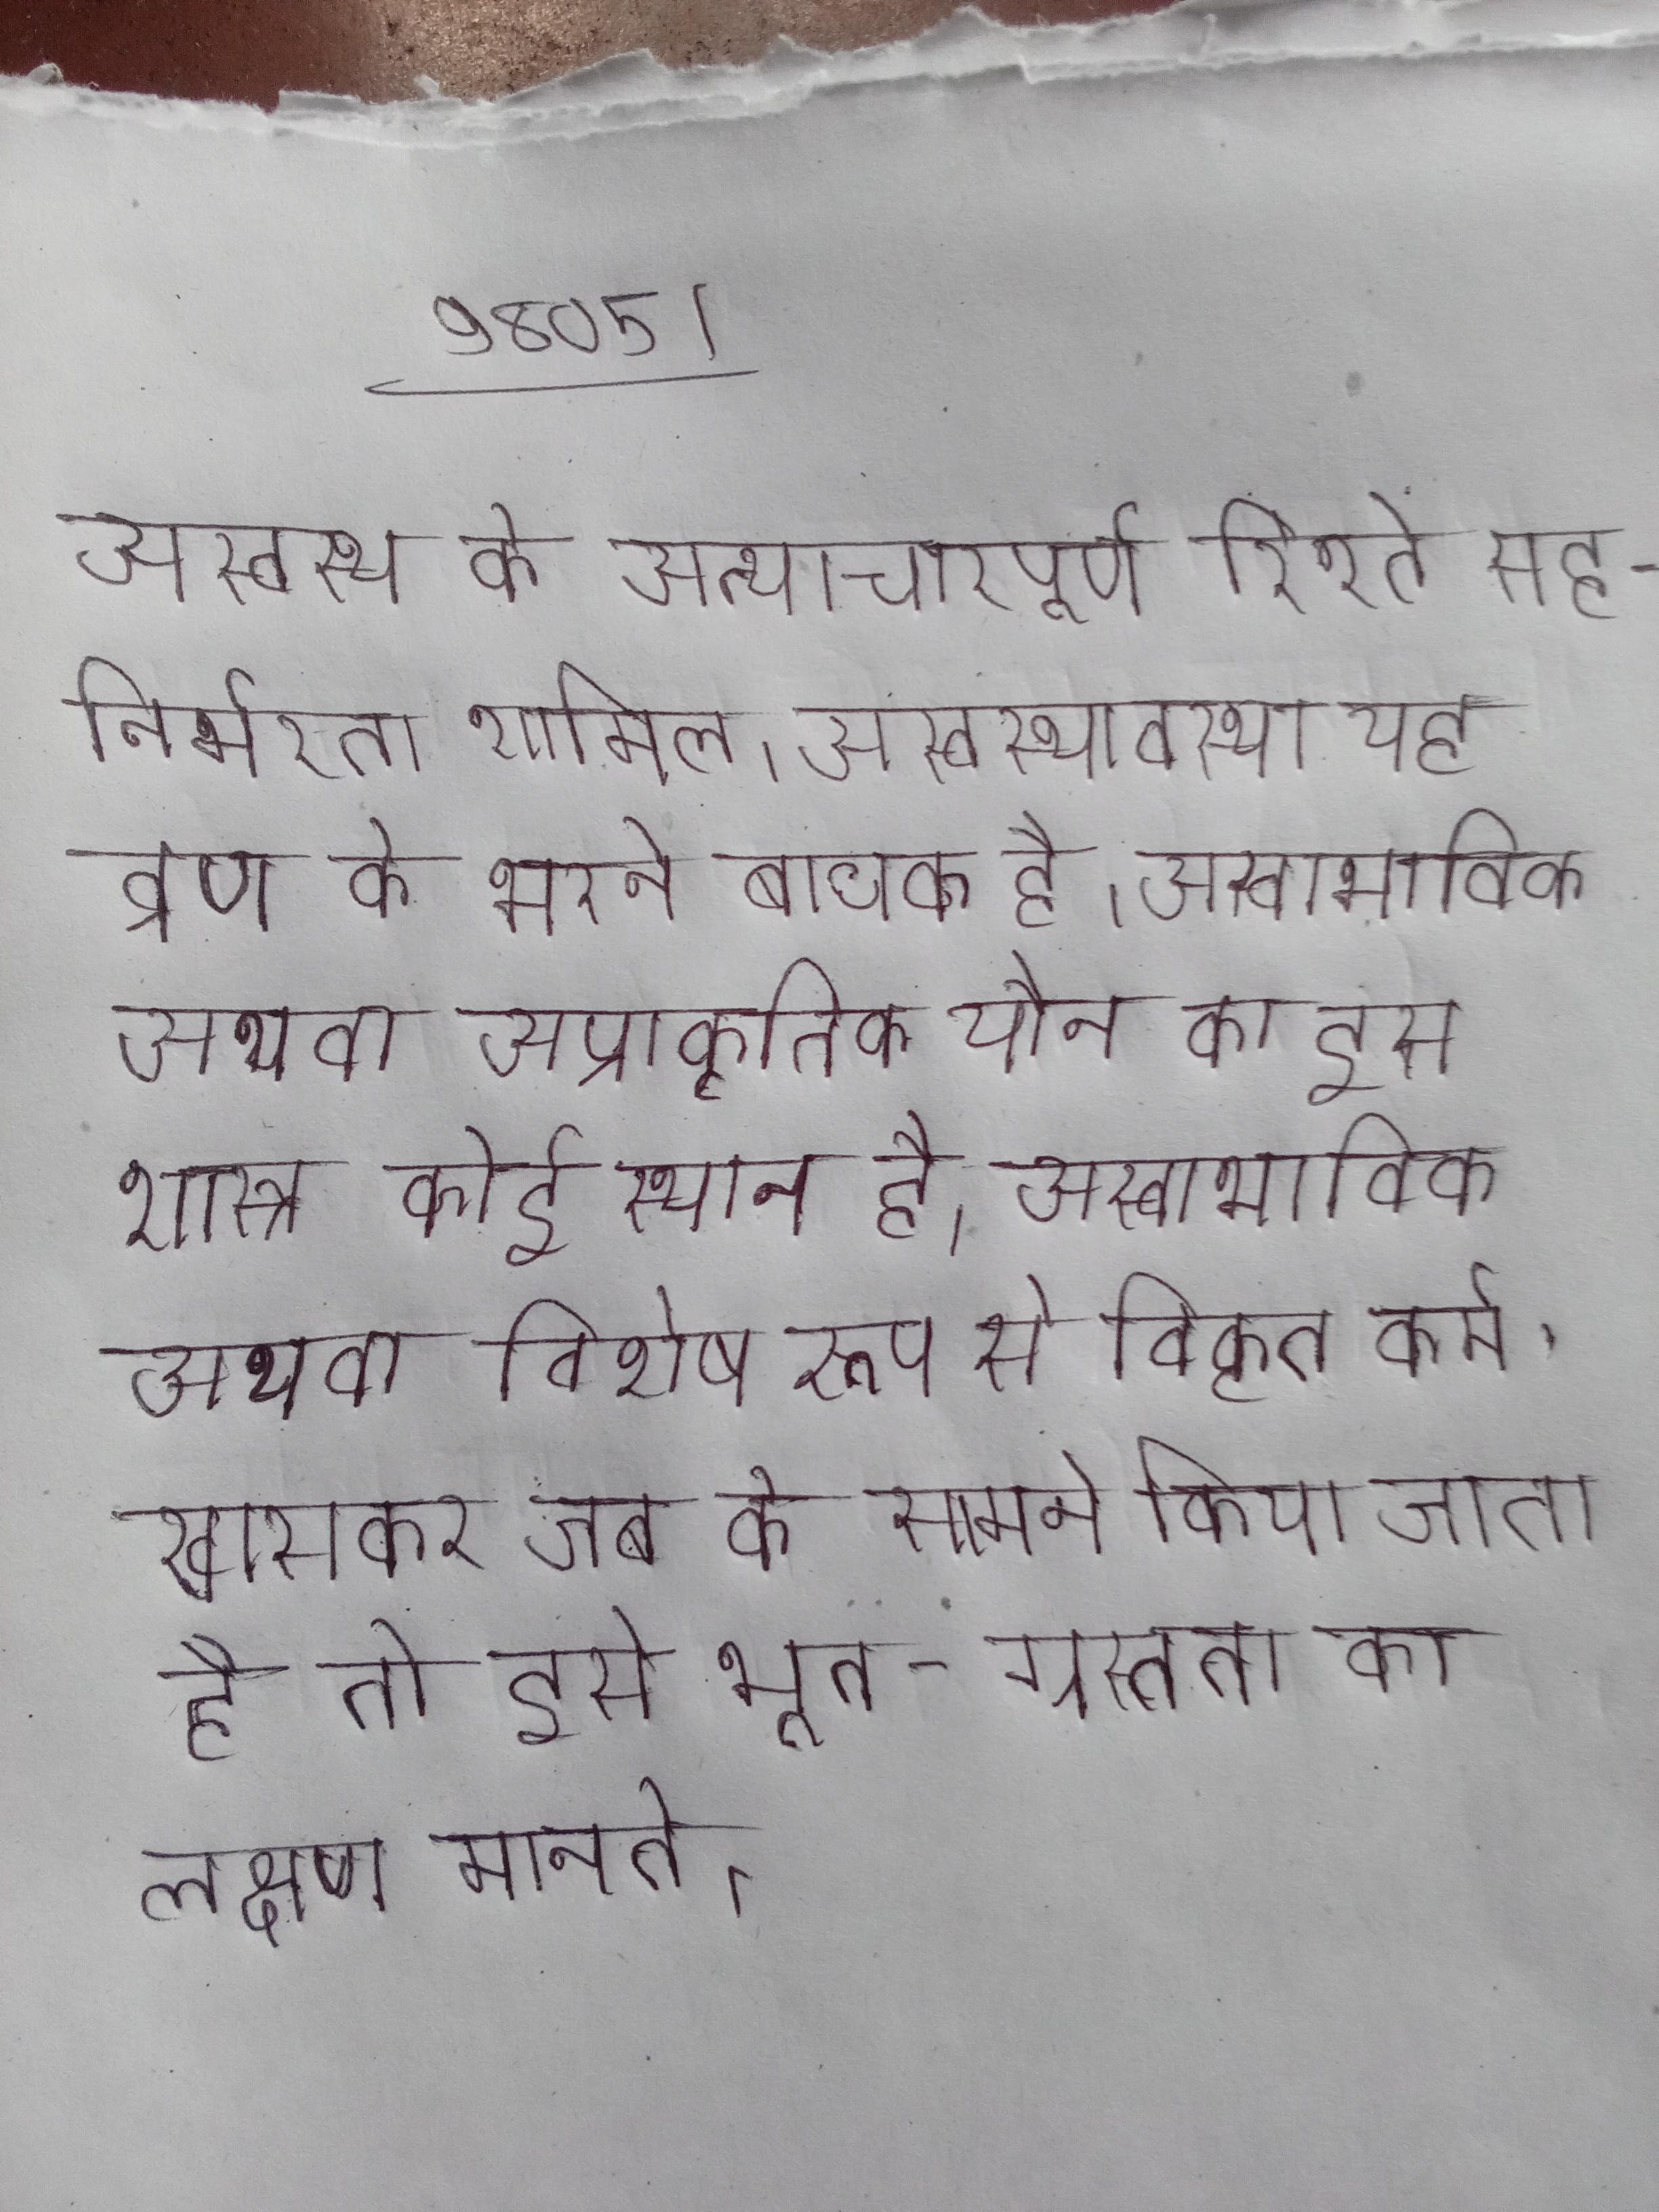
अस्वस्थ के अत्याचारपूर्ण रिश्ते सह-निर्भरता शामिल । अस्वस्थावस्था यह व्रण के भरने बाधक है । अस्वाभाविक अथवा अप्राकृतिक यौन का इस शास्त्र कोई स्थान है । अस्वाभाविक अथवा विशेष रूप से विकृत कर्म, खासकर जब के सामने किया जाता है तो इसे भूत-ग्रस्तता का लक्षण मानते ।